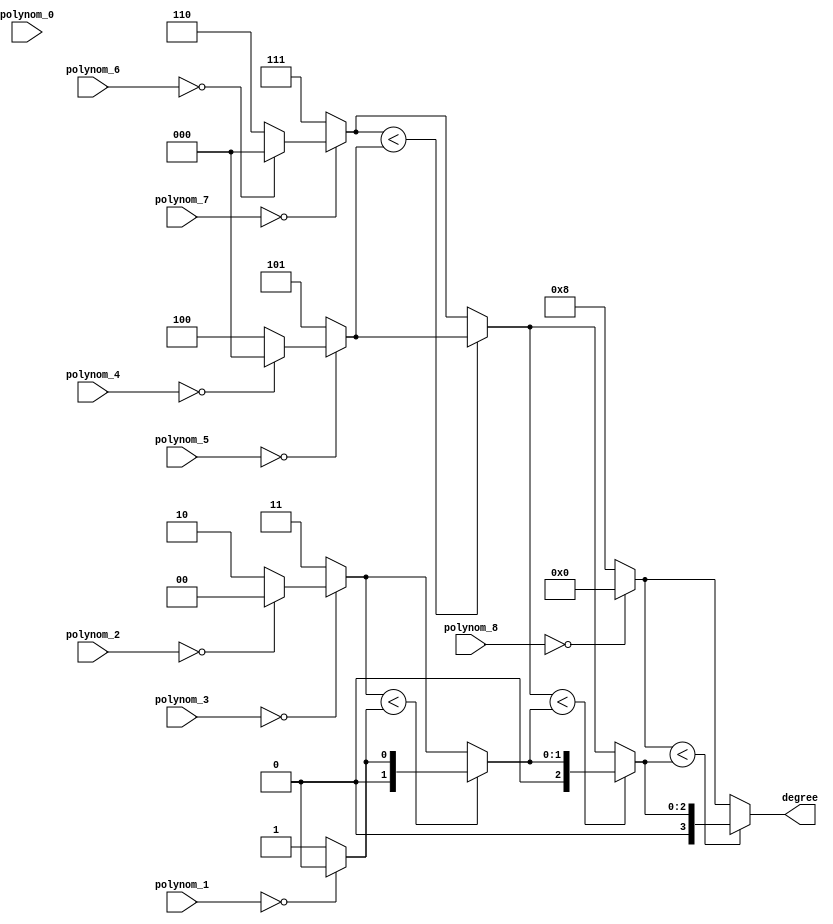
//===================================================================
// Module Name : RsDecodeDegree
// Function    : Rs Decoder Degree Module
// 
// Revision History:
// Date          By           Version    Change Description
//===================================================================
// 2009/02/03  Gael Sapience     1.0       Original
//
//===================================================================
// (C) COPYRIGHT 2009 SYSTEM LSI CO., Ltd.
//


module RsDecodeDegree(
   polynom_0,
   polynom_1,
   polynom_2,
   polynom_3,
   polynom_4,
   polynom_5,
   polynom_6,
   polynom_7,
   polynom_8,
   degree
);


   input  [7:0]   polynom_0;    // polynom 0
   input  [7:0]   polynom_1;    // polynom 1
   input  [7:0]   polynom_2;    // polynom 2
   input  [7:0]   polynom_3;    // polynom 3
   input  [7:0]   polynom_4;    // polynom 4
   input  [7:0]   polynom_5;    // polynom 5
   input  [7:0]   polynom_6;    // polynom 6
   input  [7:0]   polynom_7;    // polynom 7
   input  [7:0]   polynom_8;    // polynom 8
   output [3:0]   degree;       // polynom degree



   //------------------------------------------------------------------------
   //- registers
   //------------------------------------------------------------------------
//---------------------------------------------------------------
//- step 0
//---------------------------------------------------------------
wire [3:0]   winner0Step0;
assign winner0Step0 =(polynom_1 [7:0] == 8'd0) ? ((polynom_0 [7:0] == 8'd0) ? 4'd0 : 4'd0):  4'd1;
wire [3:0]   winner1Step0;
assign winner1Step0 =(polynom_3 [7:0] == 8'd0) ? ((polynom_2 [7:0] == 8'd0) ? 4'd0 : 4'd2):  4'd3;
wire [3:0]   winner2Step0;
assign winner2Step0 =(polynom_5 [7:0] == 8'd0) ? ((polynom_4 [7:0] == 8'd0) ? 4'd0 : 4'd4):  4'd5;
wire [3:0]   winner3Step0;
assign winner3Step0 =(polynom_7 [7:0] == 8'd0) ? ((polynom_6 [7:0] == 8'd0) ? 4'd0 : 4'd6):  4'd7;
wire [3:0]   winner4Step0;
assign winner4Step0 =(polynom_8 [7:0] == 8'd0) ? 4'd0 : 4'd8;
//---------------------------------------------------------------
//- step 1
//---------------------------------------------------------------
wire [3:0]   winner0Step1;
assign winner0Step1 =( winner1Step0 [3:0] < winner0Step0  [3:0]) ? winner0Step0  [3:0]:  winner1Step0  [3:0];
wire [3:0]   winner1Step1;
assign winner1Step1 =( winner3Step0 [3:0] < winner2Step0  [3:0]) ? winner2Step0  [3:0]:  winner3Step0  [3:0];
//---------------------------------------------------------------
//- step 2
//---------------------------------------------------------------
wire [3:0]   winner0Step2;
assign winner0Step2 =( winner1Step1 [3:0] < winner0Step1  [3:0]) ? winner0Step1  [3:0]:  winner1Step1  [3:0];
//---------------------------------------------------------------
//- step 3
//---------------------------------------------------------------
wire [3:0]   winner0Step3;
assign winner0Step3 =( winner4Step0 [3:0] < winner0Step2  [3:0]) ? winner0Step2  [3:0]:  winner4Step0  [3:0];
//---------------------------------------------------------------
//---------------------------------------------------------------
assign degree [3:0] =  winner0Step3 [3:0] ;



endmodule